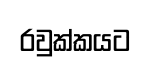
රවුක්කයට